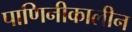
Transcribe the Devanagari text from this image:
पाणिनीकालीन